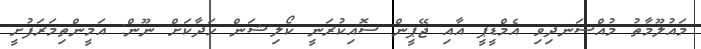
މައުލޫމާތު މުއްސަނދިވި އެމްޑީޕީ އާއި ޖޭޕީން ސޮއިކުރަނީ ކޯލިޝަން ހަދާކަށް ނޫން: އަމީންތިމަރަފުށީ